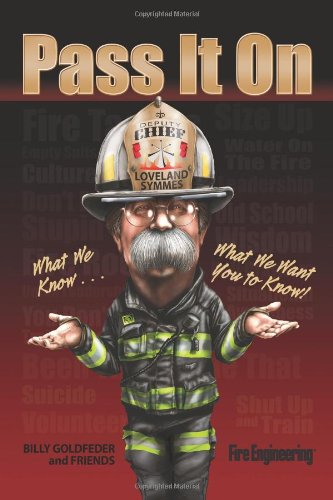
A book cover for Pass It on: What We Know...What We Want You to Know; Law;